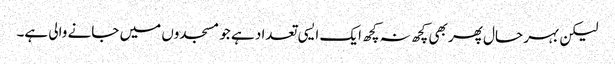
لیکن بہر حال پھر بھی کچھ نہ کچھ ایک ایسی تعداد ہے جو مسجدوں میں جانے والی ہے۔